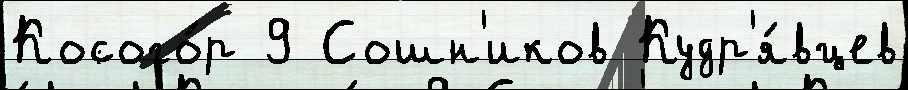
Косого́р 9 Сошн'иков Кудр'я́вцев